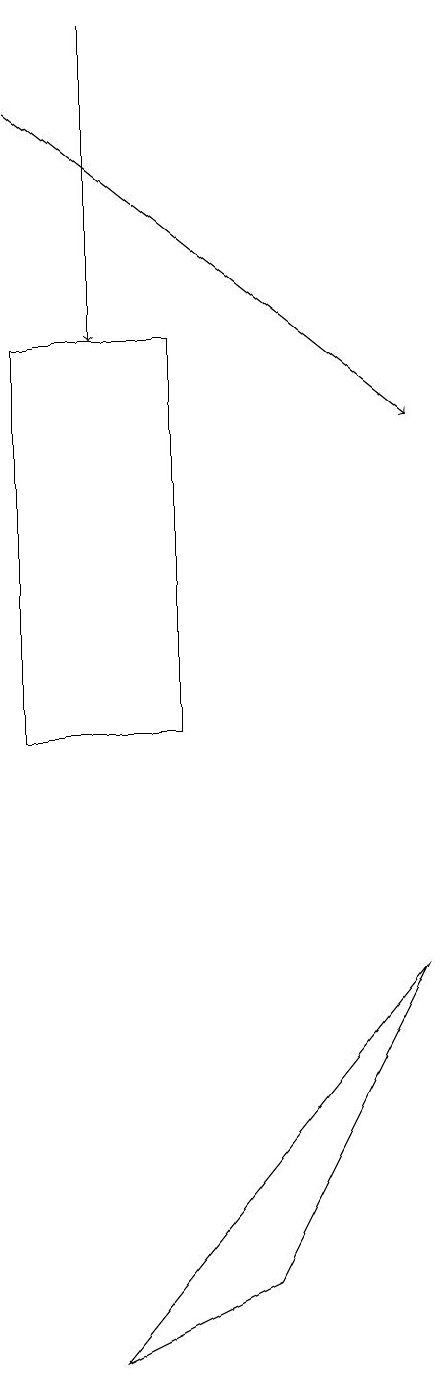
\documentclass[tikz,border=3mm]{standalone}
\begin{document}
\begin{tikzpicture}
\draw (3,3) -- (1,2) -- (5,7) -- cycle;
\draw (2,15) rectangle (0,10);
\draw[->] (1,19) -- (1,15);
\draw[->] (0,18) -- (5,14);
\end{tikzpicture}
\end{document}